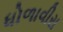
ધોળાવીરા